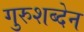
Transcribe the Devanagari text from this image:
गुरुशब्देन